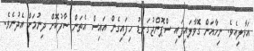
އަޅާލިއެވެ. ނިހާއަށް ގޮވާލައިފައި ސްޕޮންޖުގަނޑު ހިފައިގެން އައިސް އެތަން ސާފުކޮށް ދިނުމަށް އެދުނެވެ.